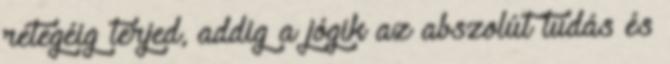
rétegéig terjed, addig a jógik az abszolút tudás és